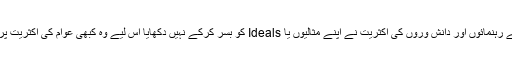
چونکہ بائیں بازو کے رہنمائوں اور دانش وروں کی اکثریت نے اپنے مثالیوں یا Ideals کو بسر کرکے نہیں دکھایا اس لیے وہ کبھی عوام کی اکثریت پر اثرانداز نہ ہوسکے۔